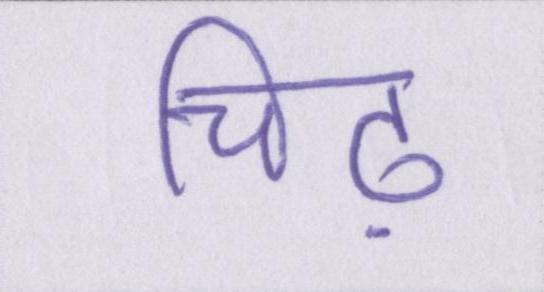
चिढ़